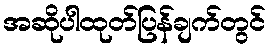
အဆိုပါထုတ်ပြန်ချက်တွင်